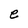
Character: e